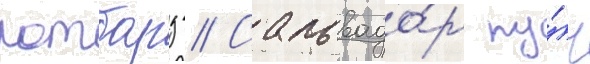
ротбард // Сальвадо́р пу́ч